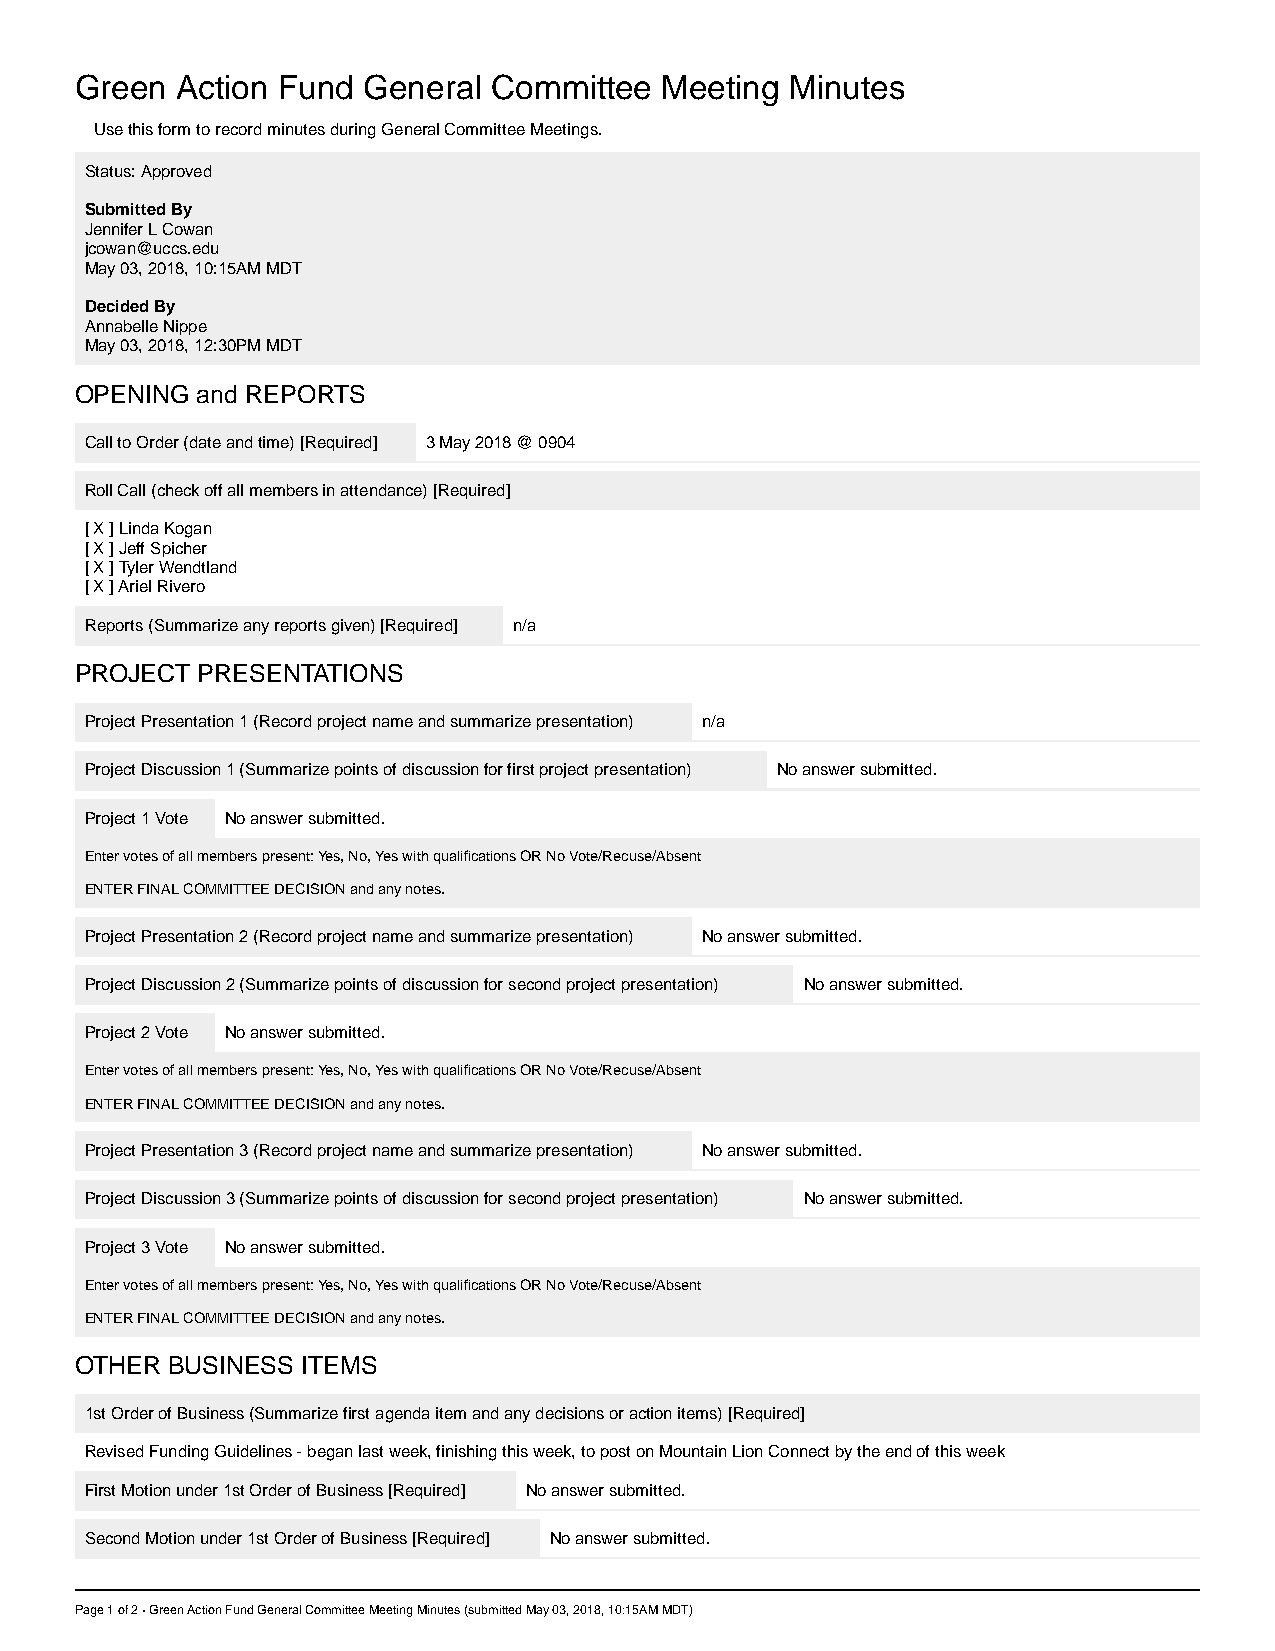
Green  Action Fund General  Committee  Meeting Minutes
 Use this form to record minutes during General Committee Meetings.
 Status: Approved
 Submitted By
 Jennifer L Cowan
 jcowan@uccs.edu
 May 03, 2018, 10:15AM MDT
 Decided By
 Annabelle Nippe
 May 03, 2018, 12:30PM MDT
 OPENING and REPORTS
 Call to Order (date and time) [Required] 3 May 2018 @ 0904
 Roll Call (check off all members in attendance) [Required]
 [ X ] Linda Kogan
 [ X ] Jeff Spicher
 [ X ] Tyler Wendtland
 [ X ] Ariel Rivero
 Reports (Summarize any reports given) [Required] n/a
 PROJECT PRESENTATIONS
 Project Presentation 1 (Record project name and summarize presentation) n/a
 Project Discussion 1 (Summarize points of discussion for first project presentation) No answer submitted.
 Project 1 Vote No answer submitted.
 Enter votes of all members present: Yes, No, Yes with qualifications OR No Vote/Recuse/Absent
 ENTER FINAL COMMITTEE DECISION and any notes.
 Project Presentation 2 (Record project name and summarize presentation) No answer submitted.
 Project Discussion 2 (Summarize points of discussion for second project presentation) No answer submitted.
 Project 2 Vote No answer submitted.
 Enter votes of all members present: Yes, No, Yes with qualifications OR No Vote/Recuse/Absent
 ENTER FINAL COMMITTEE DECISION and any notes.
 Project Presentation 3 (Record project name and summarize presentation) No answer submitted.
 Project Discussion 3 (Summarize points of discussion for second project presentation) No answer submitted.
 Project 3 Vote No answer submitted.
 Enter votes of all members present: Yes, No, Yes with qualifications OR No Vote/Recuse/Absent
 ENTER FINAL COMMITTEE DECISION and any notes.
 OTHER BUSINESS ITEMS
 1st Order of Business (Summarize first agenda item and any decisions or action items) [Required]
 Revised Funding Guidelines - began last week, finishing this week, to post on Mountain Lion Connect by the end of this week
 First Motion under 1st Order of Business [Required] No answer submitted.
 Second Motion under 1st Order of Business [Required] No answer submitted.
 Page 1 of 2 · Green Action Fund General Committee Meeting Minutes (submitted May 03, 2018, 10:15AM MDT)